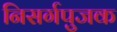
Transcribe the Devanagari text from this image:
निसर्गपुजक